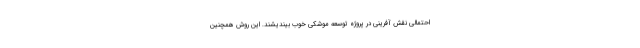
احتمالی نقش آفرینی در پروژه توسعه موشکی خوب بیندیشند. این روش همچنین